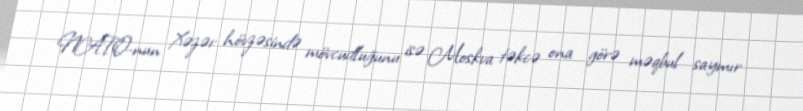
NATO-nun Xəzər hövzəsində mövcudluğunu isə Moskva təkcə ona görə məqbul saymır